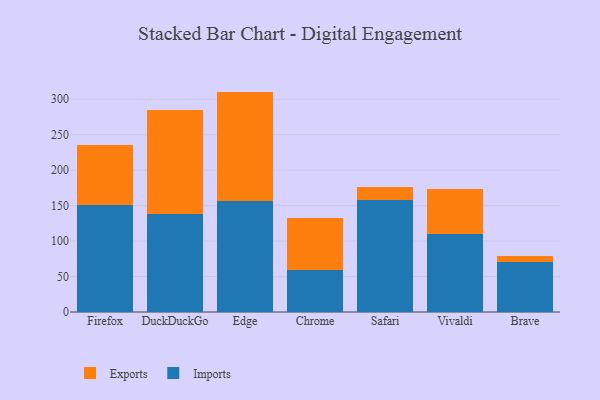
{"axis": {"x": "Browser", "y": "Gross Profit (USD K)"}, "legend": ["Exports", "Imports"], "data": [{"x": "Firefox", "y": 150.9, "type": "Imports"}, {"x": "Firefox", "y": 84.8, "type": "Exports"}, {"x": "DuckDuckGo", "y": 138.6, "type": "Imports"}, {"x": "DuckDuckGo", "y": 146.0, "type": "Exports"}, {"x": "Edge", "y": 156.6, "type": "Imports"}, {"x": "Edge", "y": 154.2, "type": "Exports"}, {"x": "Chrome", "y": 59.2, "type": "Imports"}, {"x": "Chrome", "y": 72.7, "type": "Exports"}, {"x": "Safari", "y": 157.4, "type": "Imports"}, {"x": "Safari", "y": 18.8, "type": "Exports"}, {"x": "Vivaldi", "y": 110.4, "type": "Imports"}, {"x": "Vivaldi", "y": 62.7, "type": "Exports"}, {"x": "Brave", "y": 69.9, "type": "Imports"}, {"x": "Brave", "y": 8.7, "type": "Exports"}]}